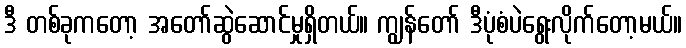
ဒီ တစ်ခုကတော့ အတော်ဆွဲဆောင်မှုရှိတယ်။ ကျွန်တော် ဒီပုံစံပဲရွေးလိုက်တော့မယ်။